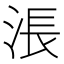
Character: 涱